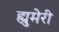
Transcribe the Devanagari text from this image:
ह्युमेरी